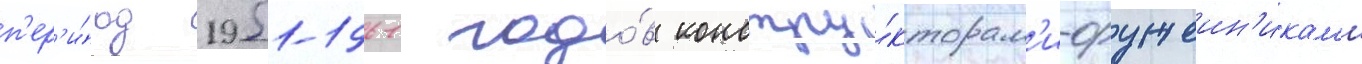
п'ер'и́од 1951-1961 годо́в констру́кторам'и-оружеин'икам'и